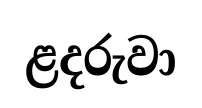
ළදරුවා